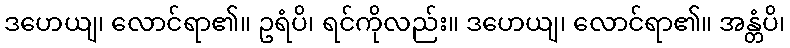
ဒဟေယျ၊ လောင်ရာ၏။ ဥရံပိ၊ ရင်ကိုလည်း။ ဒဟေယျ၊ လောင်ရာ၏။ အန္တံပိ၊